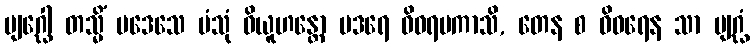
ဗျဂ္ဃေါ တသ္မိံ ပဒေသေ ပံသုံ ဝိယူဟန္တော ပဒရေ ဝိဝရမကာသိ, တေန စ ဝိဝရေန သာ ဗျဂ္ဃံ